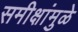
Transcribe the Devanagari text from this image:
समीक्षांमुळे